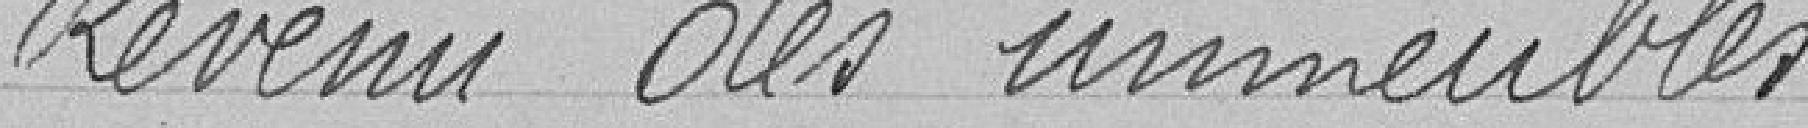
Revenu des immeubles